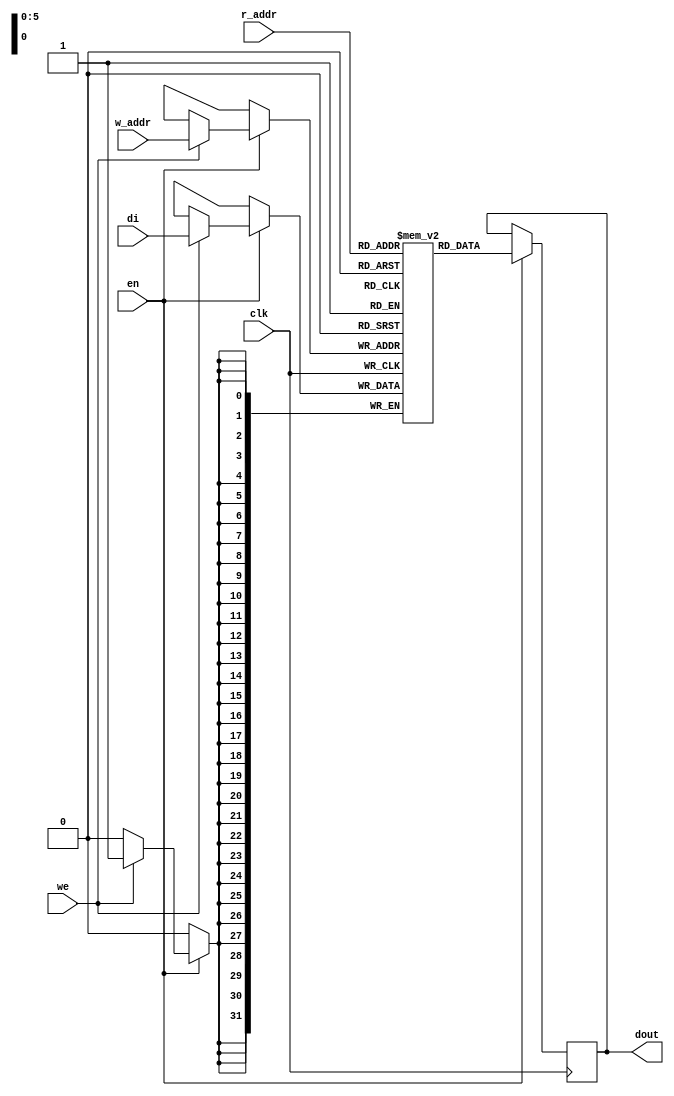
// Single-Port Block RAM Write-First Mode (recommended template)
module BRAM #(parameter word_size = 32, parameter addr_size = 6, parameter debug = 0) (clk, we, en, w_addr, r_addr, di, dout);
    input clk;
    input we;
    input en;
    input [addr_size-1:0] w_addr;
    input [addr_size-1:0] r_addr;
    input [word_size-1:0] di;
    output reg [word_size-1:0] dout;

    reg [word_size-1:0] RAM [2**addr_size-1:0];

    always @(posedge clk)  begin
        if (en) begin
            if (we) begin
                RAM[w_addr] <= di;
                if(debug == 1) begin
                    $display("BRAM: WRITE %h TO %h", di, w_addr);
                end
            end
            dout <= RAM[r_addr];
        end
    end
endmodule